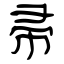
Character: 帚